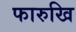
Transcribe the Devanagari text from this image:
फारुखि